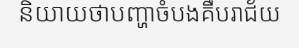
និយាយថាបញ្ហាចំបងគឺបរាជ័យ